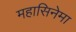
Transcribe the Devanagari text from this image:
महासिनेमा